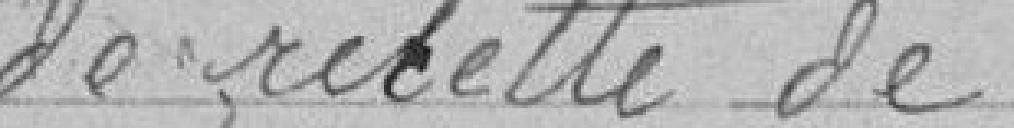
de recette de  .  .  .  .  .  .  .  .  .  .  .  .                       984.362.33